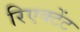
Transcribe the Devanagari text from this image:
रिएक्टेंट